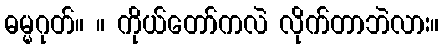
ဓမ္မဂုတ်။ ။ ကိုယ်တော်ကလဲ လိုက်တာဘဲလား။